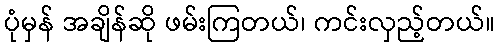
ပုံမှန် အချိန်ဆို ဖမ်းကြတယ်၊ ကင်းလှည့်တယ်။